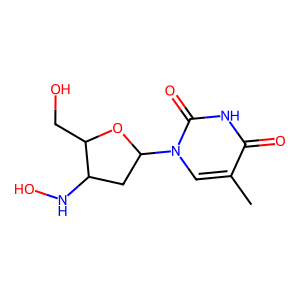
SMILES: Cc1cn(C2CC(NO)C(CO)O2)c(=O)[nH]c1=O
Inhibits HIV replication: Yes